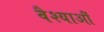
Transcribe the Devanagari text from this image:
वैश्याऔं